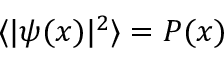
\langle | \psi ( x ) | ^ { 2 } \rangle = P ( x )